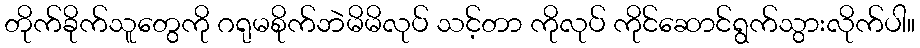
တိုက်ခိုက်သူတွေကို ဂရုမစိုက်ဘဲမိမိလုပ် သင့်တာ ကိုလုပ် ကိုင်ဆောင်ရွက်သွားလိုက်ပါ။